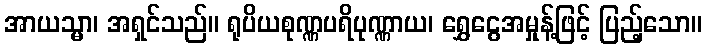
အာယသ္မာ၊ အရှင်သည်။ ရုပိယစုဏ္ဏပရိပုဏ္ဏာယ၊ ရွှေငွေအမှုန့်ဖြင့် ပြည့်သော။